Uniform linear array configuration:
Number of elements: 32
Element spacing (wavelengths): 0.75
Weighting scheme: kaiser
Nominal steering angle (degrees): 45
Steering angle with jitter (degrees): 44.716
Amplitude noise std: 0.05
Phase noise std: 0.05

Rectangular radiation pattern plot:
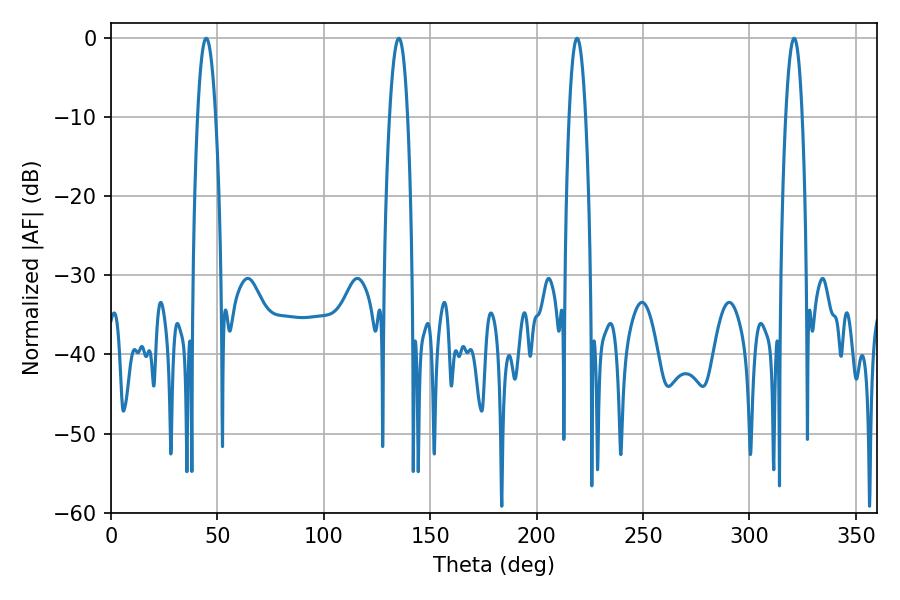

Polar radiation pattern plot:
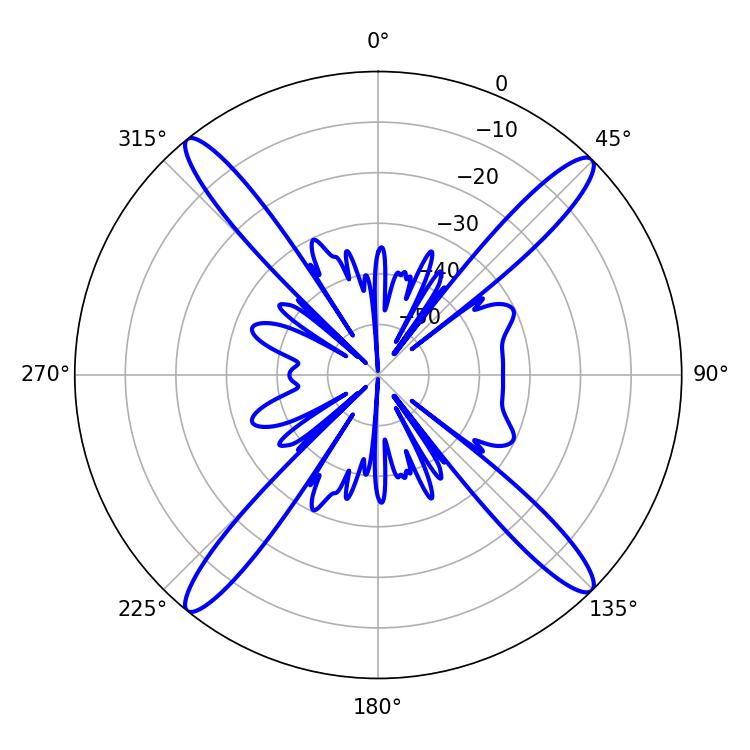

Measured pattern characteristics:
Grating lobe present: TRUE
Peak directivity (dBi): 19.351
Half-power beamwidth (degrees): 4.32
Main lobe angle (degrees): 320.94